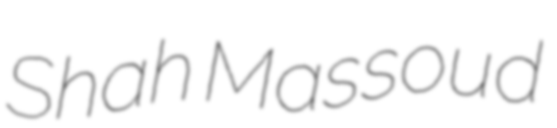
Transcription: Shah Massoud